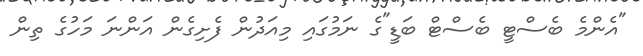
"އެންމެ ބެސްޓީ ބެސްޓް ބަޑީ"ގެ ނަމުގައި މިއަދުން ފެށިގެން އަންނަ މަހުގެ ތިން